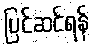
ပြင်ဆင်ရန်